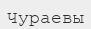
Чураевы